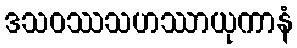
ဒသဝဿသဟဿာယုကာနံ